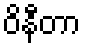
ဝိနီတာ